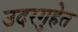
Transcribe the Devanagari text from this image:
उदरगुहेत